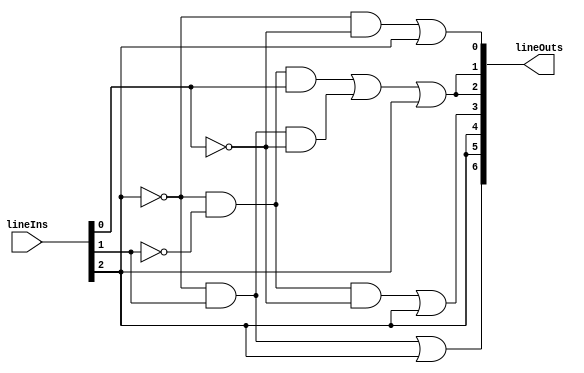
module bcdDecoder(lineIns, lineOuts);

	// Define inputs and outputs
	input [2:0] lineIns;
	output [6:0] lineOuts;
	
	// Make assignments
	assign lineOuts[0] = (~lineIns[2] & ~lineIns[0]) | lineIns[2];
	assign lineOuts[1] = ((~lineIns[2] & ~lineIns[1] & lineIns[0]) | (~lineIns[2] & lineIns[1] & ~lineIns[0])) | lineIns[2];
	assign lineOuts[2] = ((~lineIns[2] & ~lineIns[1] & lineIns[0]) | (~lineIns[2] & lineIns[1] & ~lineIns[0])) | lineIns[2];
	assign lineOuts[3] = (~lineIns[2] & ~lineIns[1] & ~lineIns[0]) | lineIns[2];
	assign lineOuts[4] = (lineIns[1] & ~lineIns[1]) | lineIns[2];
	assign lineOuts[5] = (lineIns[1] & ~lineIns[1]) | lineIns[2];
	assign lineOuts[6] = (~lineIns[2] & lineIns[1]) | lineIns[2];
	
endmodule